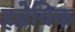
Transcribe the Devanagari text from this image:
हव्नेविक